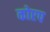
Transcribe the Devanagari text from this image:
कोएप